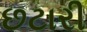
છટારી